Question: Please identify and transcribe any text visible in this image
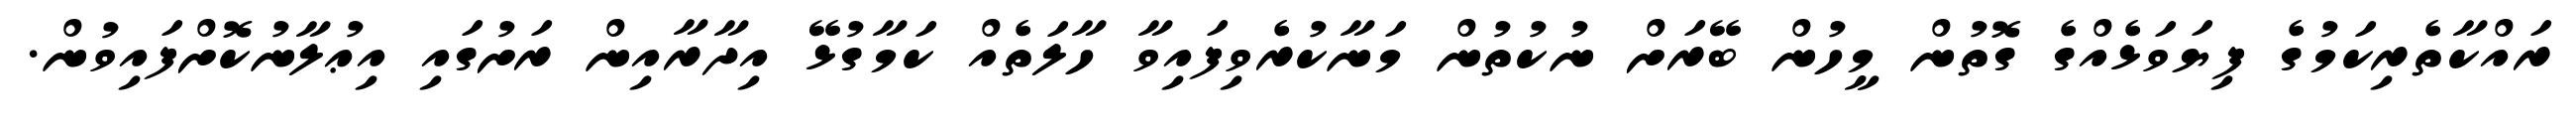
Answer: ރައްކާތެރިކަމުގެ ފިޔަވަޅެއްގެ ގޮތުން މީހުން ބޭރަށް ނުކުތުން މަނާކުރެވިފައިވާ ހާލަތެއް ކަމާގުޅޭ އިދާރާއިން ރަށުގައި އިޢުލާނުކޮށްފައިވުން.